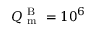
Q _ { \mathrm { ~ m ~ } } ^ { \mathrm { ~ B ~ } } = 1 0 ^ { 6 }